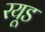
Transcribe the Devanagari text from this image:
रयूड